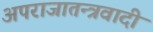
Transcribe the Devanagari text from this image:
अपराजातन्त्रवादी